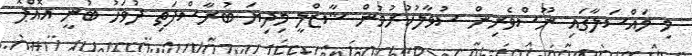
މި މައްސަލާގައި ނޫސްވެރިން ސުވާލުކުރުމުން ޝާޒްލީ މިދިޔަ ބުރާސްފަތި ދުވަހު ބުނީ އޮއްޕޮ